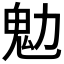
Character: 𩱹